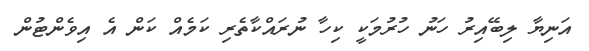
އަނިޔާ ލިބޭއިރު ހަނު ހުރުމަކީ ކިހާ ނުރައްކާތެރި ކަމެއް ކަން އެ އިވެންޓުން